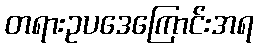
တရားဥပဒေကြောင်းအရ